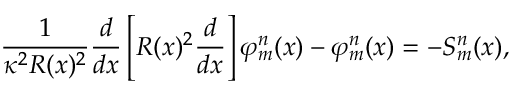
\frac { 1 } { \kappa ^ { 2 } R ( x ) ^ { 2 } } \frac { d } { d x } \left[ R ( x ) ^ { 2 } \frac { d } { d x } \right] \varphi _ { m } ^ { n } ( x ) - \varphi _ { m } ^ { n } ( x ) = - S _ { m } ^ { n } ( x ) ,